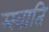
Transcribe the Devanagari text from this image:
म्स्वाति